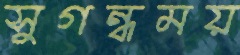
সুগন্ধময়